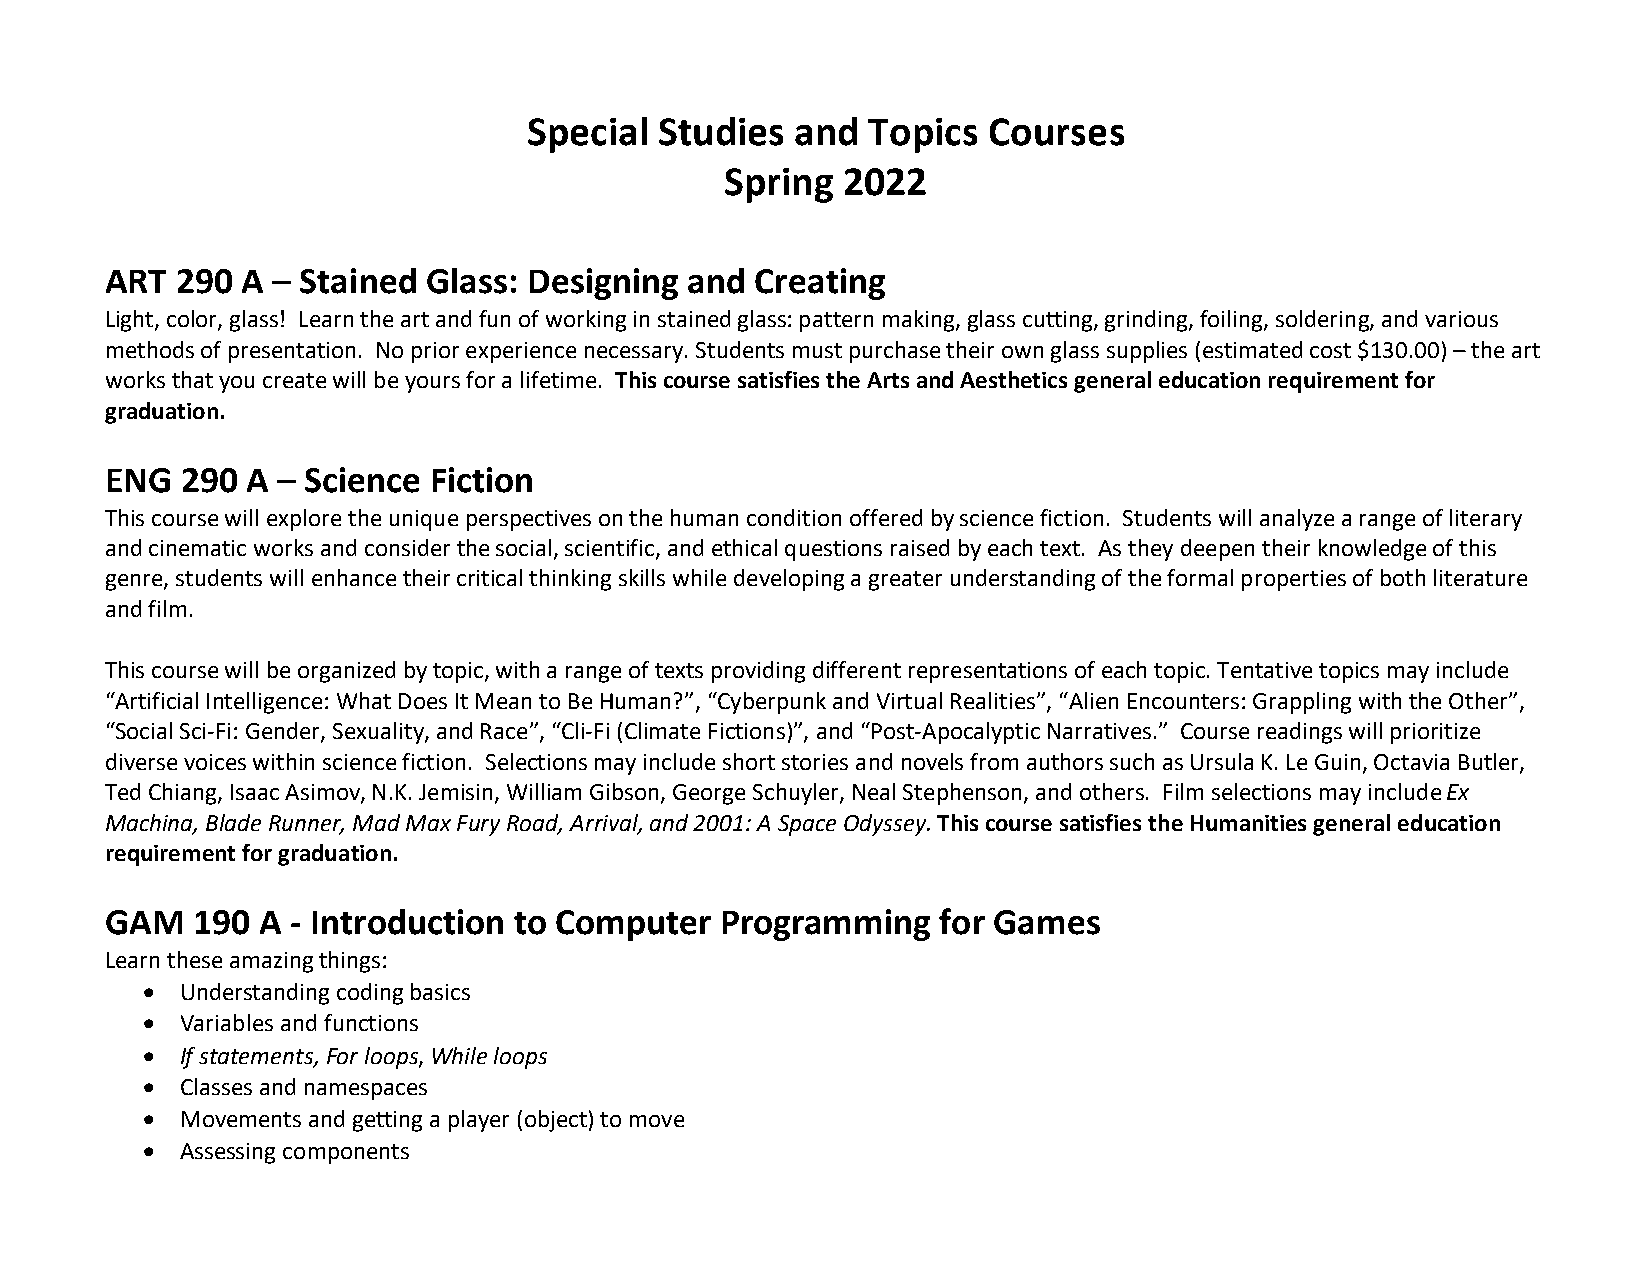
Special  Studies  and  Topics Courses
 Spring  2022
 ART  290 A – Stained Glass: Designing  and Creating
 Light, color, glass! Learn the art and fun of working in stained glass: pattern making, glass cutting, grinding, foiling, soldering, and various
 methods of presentation. No prior experience necessary. Students must purchase their own glass supplies (estimated cost $130.00) – the art
 works that you create will be yours for a lifetime. This course satisfies the Arts and Aesthetics general education requirement for
 graduation.
 ENG  290 A – Science Fiction
 This course will explore the unique perspectives on the human condition offered by science fiction. Students will analyze a range of literary
 and cinematic works and consider the social, scientific, and ethical questions raised by each text. As they deepen their knowledge of this
 genre, students will enhance their critical thinking skills while developing a greater understanding of the formal properties of both literature
 and film.
 This course will be organized by topic, with a range of texts providing different representations of each topic. Tentative topics may include
 “Artificial Intelligence: What Does It Mean to Be Human?”, “Cyberpunk and Virtual Realities”, “Alien Encounters: Grappling with the Other”,
 “Social Sci-Fi: Gender, Sexuality, and Race”, “Cli-Fi (Climate Fictions)”, and “Post-Apocalyptic Narratives.” Course readings will prioritize
 diverse voices within science fiction. Selections may include short stories and novels from authors such as Ursula K. Le Guin, Octavia Butler,
 Ted Chiang, Isaac Asimov, N.K. Jemisin, William Gibson, George Schuyler, Neal Stephenson, and others. Film selections may include Ex
 Machina, Blade Runner, Mad Max Fury Road, Arrival, and 2001: A Space Odyssey. This course satisfies the Humanities general education
 requirement for graduation.
 GAM   190 A - Introduction to Computer   Programming   for Games
 Learn these amazing things:
   Understanding coding basics
   Variables and functions
   If statements, For loops, While loops
   Classes and namespaces
   Movements and getting a player (object) to move
   Assessing components